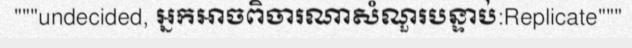
"""undecided, អ្នកអាចពិចារណាសំណួរបន្ទាប់:Replicate"""